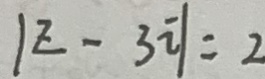
\vert z - 3 i \vert = 2